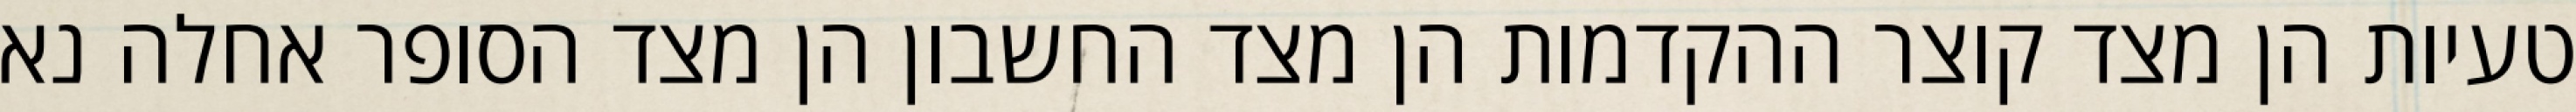
טעיות הן מצד קוצר ההקדמות הן מצד החשבון הן מצד הסופר אחלה נא